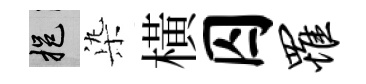
挹𣑱橫囚罹